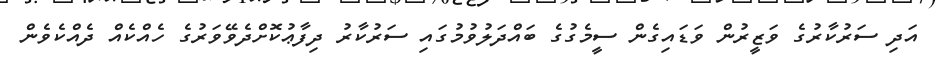
އަދި ސަރުކާރުގެ ވަޒީރުން ވަޑައިގެން ސީމެގުގެ ބައްދަލުވުމުގައި ސަރުކާރު ދިފާޢުކޮށްދެވޭވަރުގެ ހެއްކެއް ދެއްކެވެން